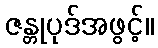
ဇန္တုပုဒ်အဖွင့်။